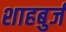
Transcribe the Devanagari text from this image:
शाहबुर्ज